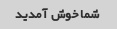
شما خوش آمدید